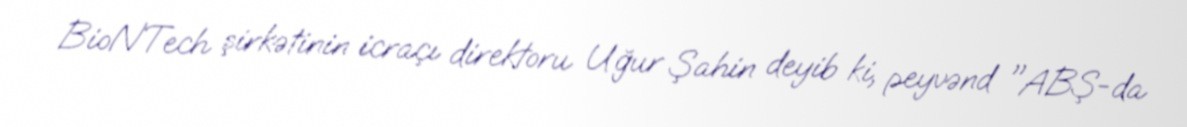
BioNTech şirkətinin icraçı direktoru Uğur Şahin deyib ki, peyvənd "ABŞ-da